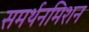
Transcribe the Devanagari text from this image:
समर्थनमिशन